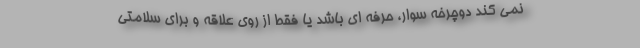
نمی کند دوچرخه سوار، حرفه ای باشد یا فقط از روی علاقه و برای سلامتی